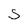
Character: s